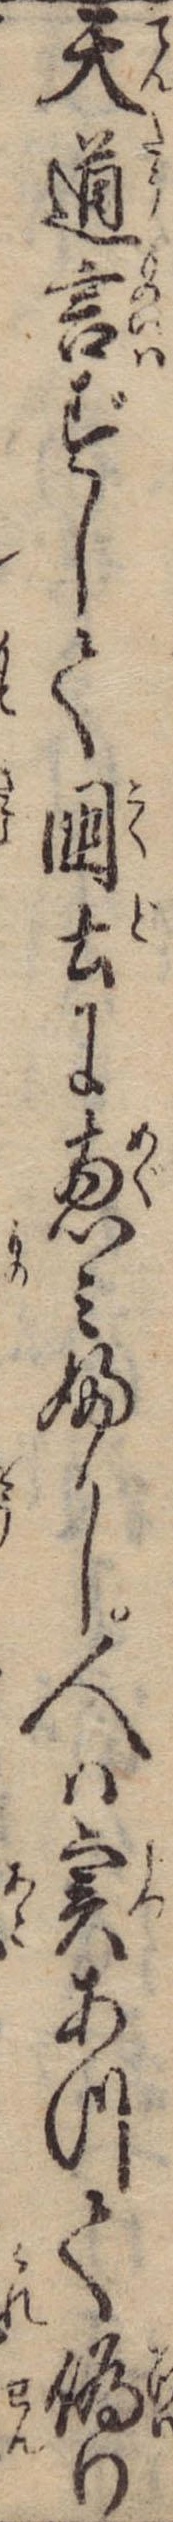
天道言ずして国土に恵みふかし人は実あつて偽り